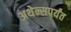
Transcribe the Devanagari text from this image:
अथेन्सपर्यंत